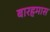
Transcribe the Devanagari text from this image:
बारहमास